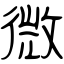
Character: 微